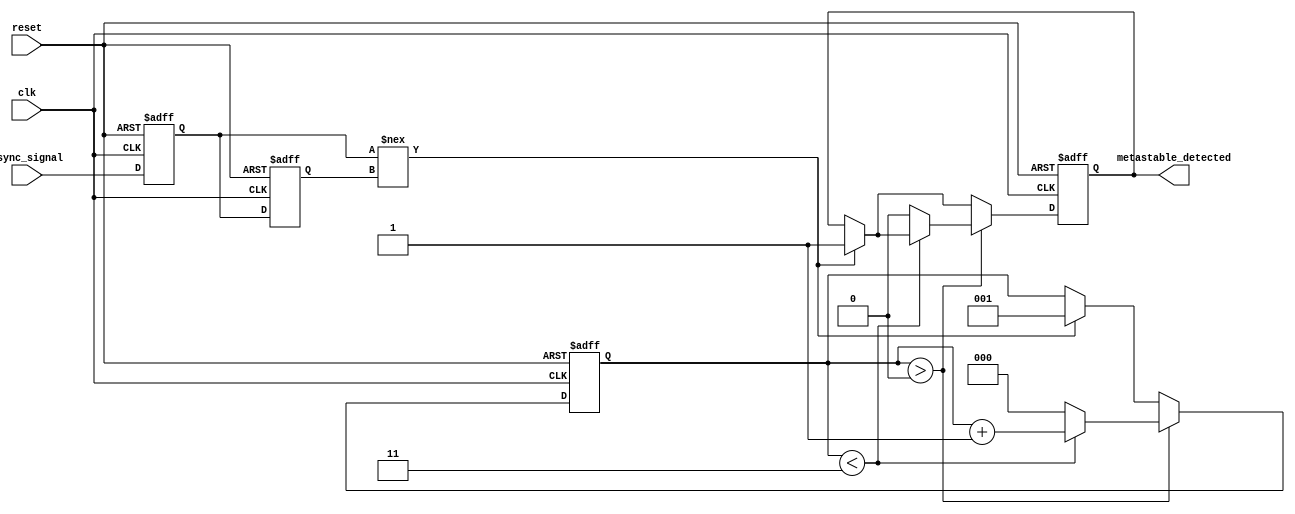
module metastability_detector (
    input wire clk,                 // Clock signal
    input wire async_signal,        // Asynchronous input signal
    input wire reset,               // Reset signal
    output reg metastable_detected   // Output signal indicating metastability
);

    // Define internal flip-flops
    reg ff1, ff2;
    reg ff1_stable; // Used to track if ff1 is stable

    // Pulse duration control
    parameter PULSE_WIDTH = 3; // Example pulse duration in clock cycles
    reg [2:0] pulse_counter;

    // Initial Values
    initial begin
        ff1 = 1'b0;
        ff2 = 1'b0;
        metastable_detected = 1'b0;
        pulse_counter = 3'b000;
    end

    // D Flip-Flops behavior
    always @(posedge clk or posedge reset) begin
        if (reset) begin
            ff1 <= 1'b0;
            ff2 <= 1'b0;
            metastable_detected <= 1'b0;
            pulse_counter <= 3'b000;
        end else begin
            // Sample the asynchronous signal
            ff1 <= async_signal;
            // Sample the output of ff1
            ff2 <= ff1;

            // Check for metastability condition
            if (ff1 !== ff2) begin
                // Start pulse generation
                metastable_detected <= 1'b1; 
                pulse_counter <= 3'b001; // Start counting
            end

            // Pulse duration control
            if (pulse_counter > 0) begin
                if (pulse_counter < PULSE_WIDTH) begin
                    pulse_counter <= pulse_counter + 1;
                end else begin
                    metastable_detected <= 1'b0; // Clear pulse after set duration
                    pulse_counter <= 3'b000; // Reset counter
                end
            end
        end
    end

endmodule